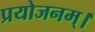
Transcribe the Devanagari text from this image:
प्रयोजनम्।